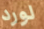
لورد